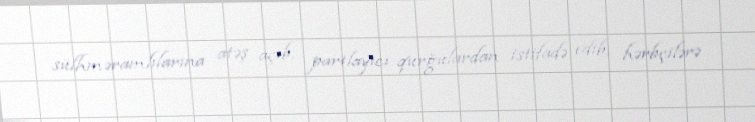
sülhməramlılarına atəş açıb, partlayıcı qurğulardan istifadə edib, hərbçilərə